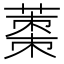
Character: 𮐿